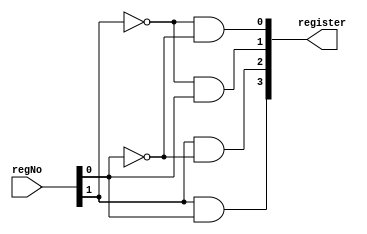
    module decoder_2to4(
        output [3:0] register,
        input [1:0] regNo);

        assign register[0] = (~regNo[1] & ~regNo[0]), register[1] = (~regNo[1] & regNo[0]), register[2] = (regNo[1] & ~regNo[0]), register[3] = (regNo[1] & regNo[0]); 
        
    endmodule